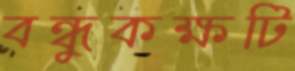
বন্ধুকক্ষটি